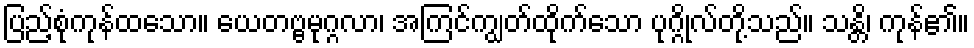
ပြည့်စုံကုန်ထသော။ ယေတဗ္ဗမုဂ္ဂလာ၊ အကြင်ကျွတ်ထိုက်သော ပုဂ္ဂိုလ်တို့သည်။ သန္တိ၊ ကုန်၏။